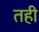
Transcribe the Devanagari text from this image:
तही